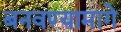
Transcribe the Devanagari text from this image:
बनवण्यामागे